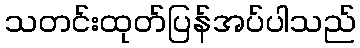
သတင်းထုတ်ပြန်အပ်ပါသည်